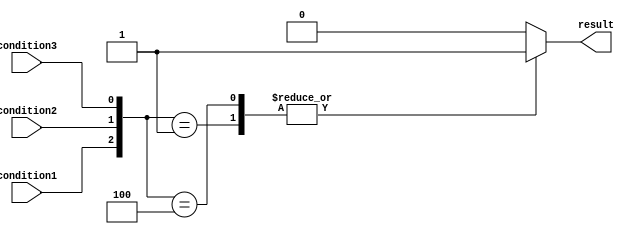
module unique_case_statement (
    input wire condition1,
    input wire condition2,
    input wire condition3,
    output reg result
);

always @* begin
    case ({condition1, condition2, condition3})
        3'b001 : begin
            // code block for condition1 being true
            result = 1;
        end
        3'b010 : begin
            // code block for condition2 being true
            result = 2;
        end
        3'b100 : begin
            // code block for condition3 being true
            result = 3;
        end
        default : result = 0;
    endcase
end

endmodule